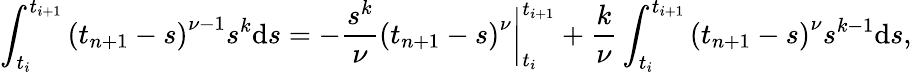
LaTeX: \int_{t_{i}}^{t_{i+1}}{{{(t_{n+1}-s)}^{\nu-1}}{{s}^{k}}\mathrm{d}s}=-\frac{{{s}^{k}}}{\nu}{{(t_{n+1}-s)}^{\nu}}\bigg|_{t_{i}}^{t_{i+1}}+\frac{k}{\nu}\int_{t_{i}}^{t_{i+1}}{{{(t_{n+1}-s)}^{\nu}}{{s}^{k-1}}\mathrm{d}s},